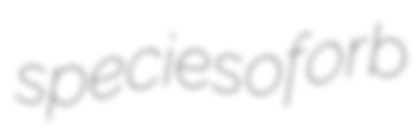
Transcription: species of orb